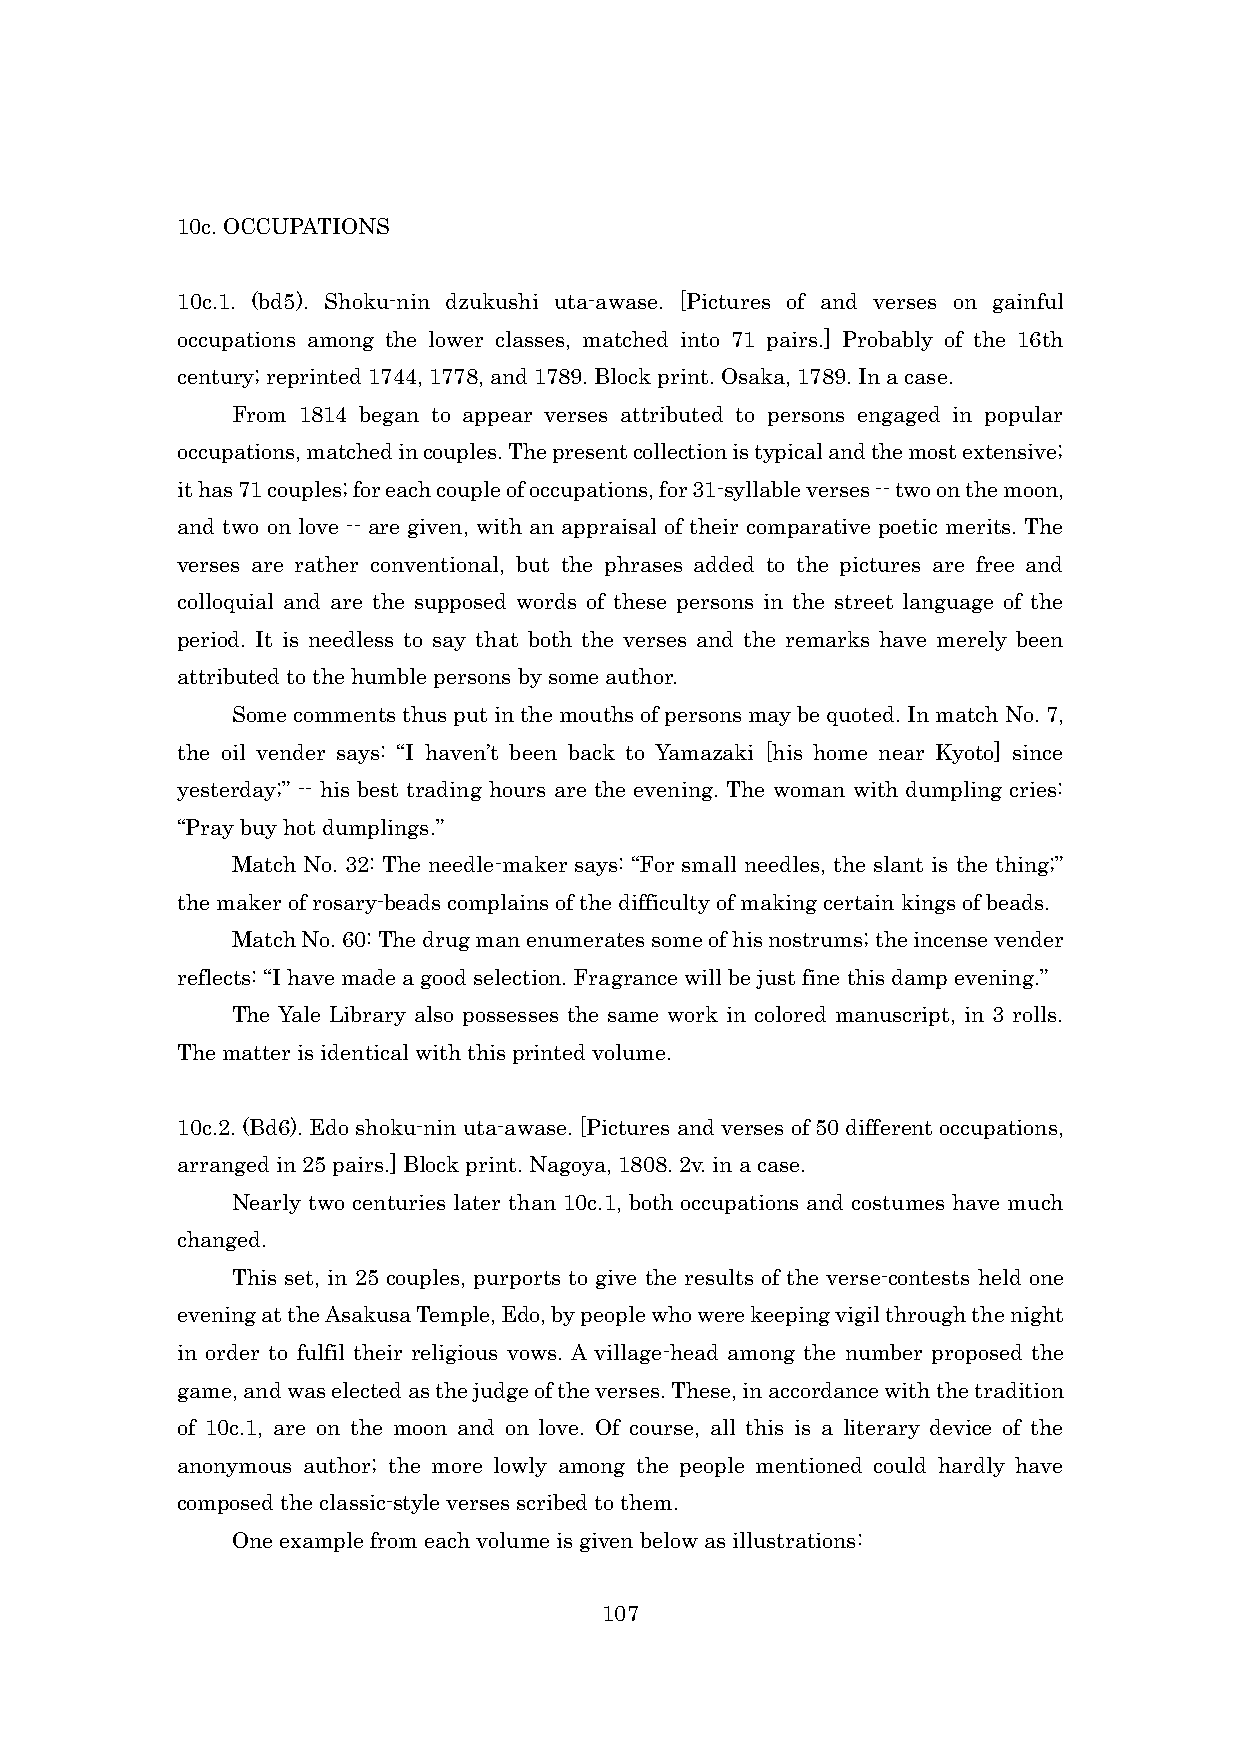
10c. OCCUPATIONS
 10c.1. (bd5). Shoku-nin dzukushi uta-awase. [Pictures of and verses on gainful
 occupations among the lower classes, matched into 71 pairs.] Probably of the 16th
 century; reprinted 1744, 1778, and 1789. Block print. Osaka, 1789. In a case.
 From 1814 began to appear verses attributed to persons engaged in popular
 occupations, matched in couples. The present collection is typical and the most extensive;
 it has 71 couples; for each couple of occupations, for 31-syllable verses -- two on the moon,
 and two on love -- are given, with an appraisal of their comparative poetic merits. The
 verses are rather conventional, but the phrases added to the pictures are free and
 colloquial and are the supposed words of these persons in the street language of the
 period. It is needless to say that both the verses and the remarks have merely been
 attributed to the humble persons by some author.
 Some comments thus put in the mouths of persons may be quoted. In match No. 7,
 the oil vender says: “I haven’t been back to Yamazaki [his home near Kyoto] since
 yesterday;” -- his best trading hours are the evening. The woman with dumpling cries:
 “Pray buy hot dumplings.”
 Match No. 32: The needle-maker says: “For small needles, the slant is the thing;”
 the maker of rosary-beads complains of the difficulty of making certain kings of beads.
 Match No. 60: The drug man enumerates some of his nostrums; the incense vender
 reflects: “I have made a good selection. Fragrance will be just fine this damp evening.”
 The Yale Library also possesses the same work in colored manuscript, in 3 rolls.
 The matter is identical with this printed volume.
 10c.2. (Bd6). Edo shoku-nin uta-awase. [Pictures and verses of 50 different occupations,
 arranged in 25 pairs.] Block print. Nagoya, 1808. 2v. in a case.
 Nearly two centuries later than 10c.1, both occupations and costumes have much
 changed.
 This set, in 25 couples, purports to give the results of the verse-contests held one
 evening at the Asakusa Temple, Edo, by people who were keeping vigil through the night
 in order to fulfil their religious vows. A village-head among the number proposed the
 game, and was elected as the judge of the verses. These, in accordance with the tradition
 of 10c.1, are on the moon and on love. Of course, all this is a literary device of the
 anonymous author; the more lowly among the people mentioned could hardly have
 composed the classic-style verses scribed to them.
 One example from each volume is given below as illustrations:
 107